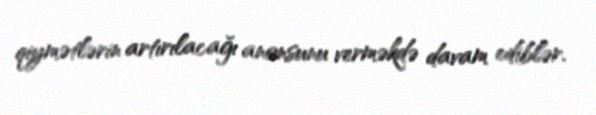
qiymətlərin artırılacağı anonsunu verməkdə davam ediblər.